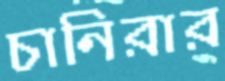
চানিরার